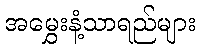
အမွှေးနံ့သာရည်များ